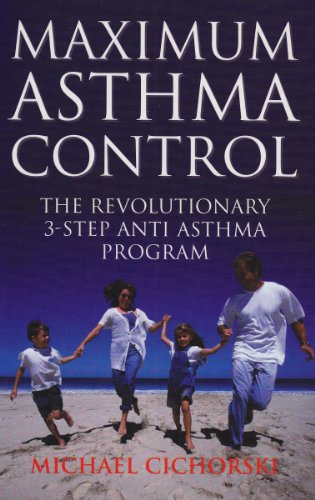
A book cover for Maximum Asthma Control: The Revolutionary 3-step Anti-asthma Program; Michael Cichorski; Health, Fitness & Dieting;